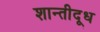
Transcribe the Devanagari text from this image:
शान्तीदूध